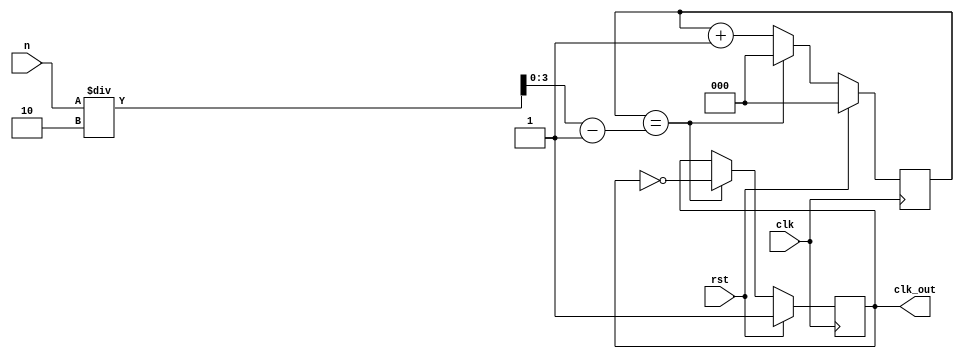
module even (clk,rst,n,clk_out);
input clk;
input rst;
input [3:0] n;
output wire clk_out;

reg [2:0]count;//=3'd0;
reg out;//=1'b1;
wire [3:0]a;

assign a=((n/2)-1);

always @ (posedge clk)
begin
if(rst)
  begin
  count <= 0;
  out <= 1'b1;
  end
else
  begin
    if(count == a)
      begin
      count <= 3'd0;
      out <= ~out;
      end
    else
      count <= count + 1;
  end
end

assign clk_out = out;
endmodule





// testbench



module tb ();
reg clk,rst;
reg [3:0] n;
wire clk_out;

even tb1 (clk,rst,n,clk_out);

always #2 clk = ~clk;

initial begin
clk = 1; rst = 1; 

#2 rst=0; n = 12;
end

initial
#200 $finish;

initial begin
$dumpfile("dump_even.vcd");
$dumpvars();
end

endmodule